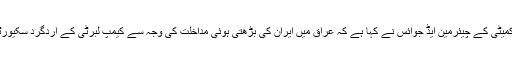
امریکی ایوان نمائندگان میں فارن افیئرز کمیٹی کے چیئرمین ایڈ جوائس نے کہا ہے کہ عراق میں ایران کی بڑھتی ہوئی مداخلت کی وجہ سے کیمپ لبرٹی کے اردگرد سکیورٹی کی صورتحال بھی خراب ہو رہی ہے۔